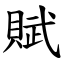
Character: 賦